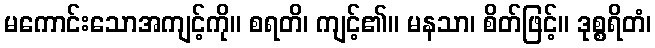
မကောင်းသောအကျင့်ကို။ စရတိ၊ ကျင့်၏။ မနသာ၊ စိတ်ဖြင့်။ ဒုစ္စရိတံ၊